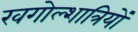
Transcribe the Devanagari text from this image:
खगोल्शात्रियों